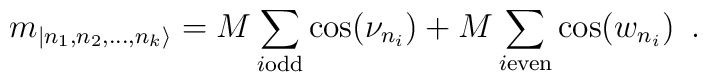
m_{|n_{1},n_{2},\dots ,n_{k}\rangle }=M\sum _{i\textrm{}\mathrm{odd}}\cos (\nu _{n_{i}})+M\sum _{i\textrm{}\mathrm{even}}\cos (w_{n_{i}})\, \, \, .